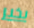
بخير